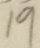
1 9